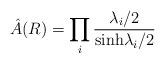
LaTeX: \begin{align*}\hat A(R) = \prod_i {\lambda_i/2 \over {\rm sinh} \lambda_i /2}\end{align*}